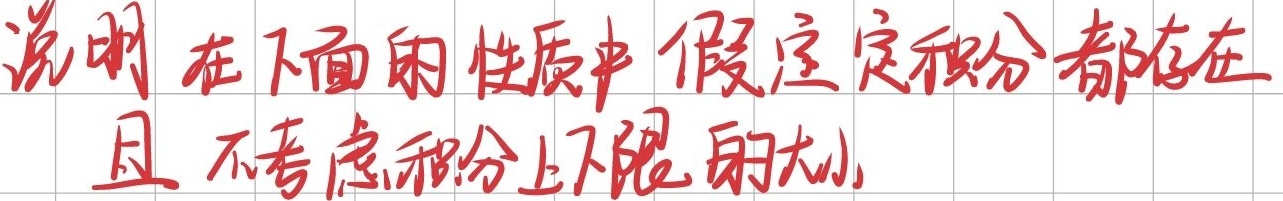
说明 在下面的性质中 假定定积分都存在
且 不考虑积分上下限的大小